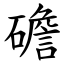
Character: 䃫